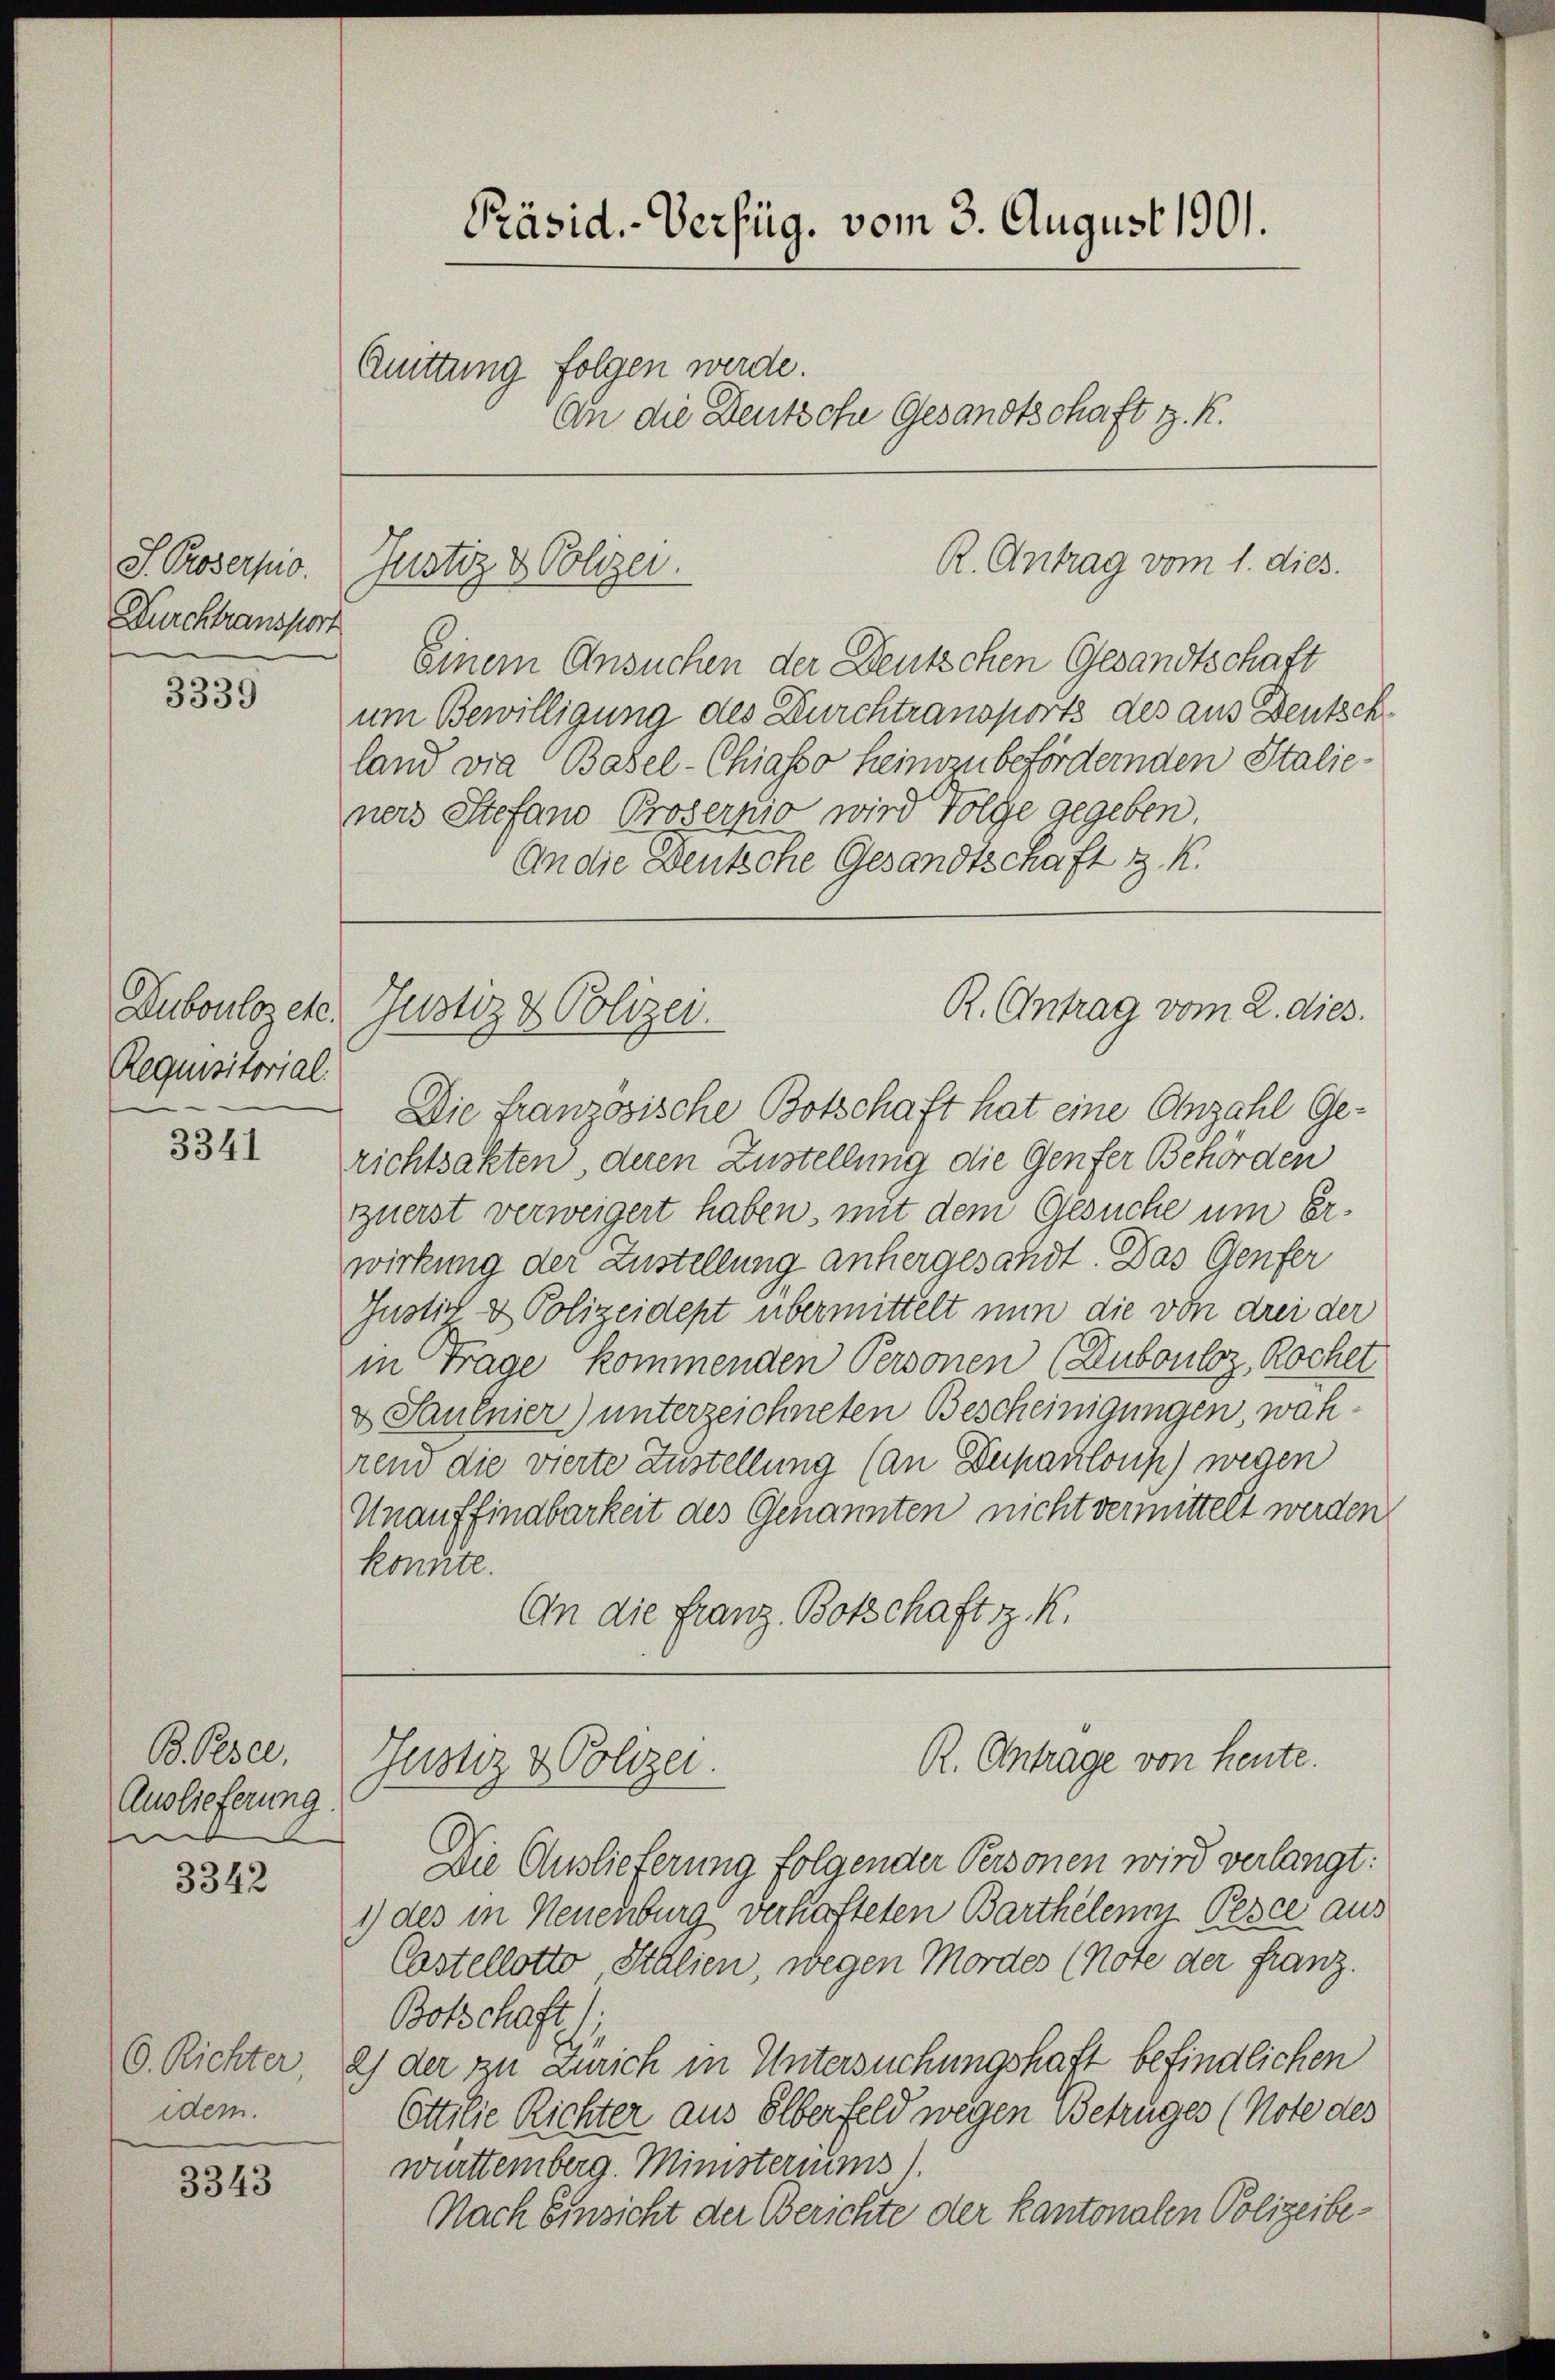
J. Proserpio.
Durchtransport

3339

Requisitorial.

3341

B. Pesce
Auslieferung.
mt

3342

dem.

3343

Präsid.-Verfüg, vom 3. August 1901.
Quittung folgen werde.
An die Deutsche Gesandtschaft z. K.

Einem Ansuchen der Deutschen Gesandtschaft
um Bewilligung des Durchtransports des aus Deutschland die Basel-Chiasso heimzubefördernden Stalie-
ners Stefano Proserpio wird Folge gegeben.
An die Deutsche Gesandtschaft z. K.

Justiz & Polizei.

Die französische Botschaft hat eine Anzahl Ge-
richtsakten, deren Zustellung die Genfer Behörden
zuerst verweigert haben, mit dem Gesuche um Erwirkung der Zustellung anhergesandt. Das Genfer
Justiz & Polizeidept übermittelt nun die von drei der
in Trage kommenden Personen (Zubouloz, Rochet
& Saulnier) unterzeichneten Bescheinigungen, während die vierte Zustellung (an Dupanloup) wegen
Unauffindbarkeit des Genannten nicht vermittelt werden.
konnte.
An die Franz Botschaft z. K.

Duboulos etc. Justiz & Polizei.

Justiz & Polizei.

R. Antrag vom 1. dies

R. Antrag vom 2. dies.

R. Antrage von heute.

Die Auslieferung folgender Personen wird verlangt:
1) des in Neuenburg verhafteten Barthelen Pesce aus
Castellotto Stalien, wegen Mordes (Note der Franz.
Botschaft 1
6. Richter, 2) der zu Zürich in Untersuchungshaft befindlichen
Ettilie Richter aus Olberfeld wegen Betruges (Note des
württemberg. Ministeriums).
Nach Einsicht der Berichte der Kantonalen Polizeibe¬